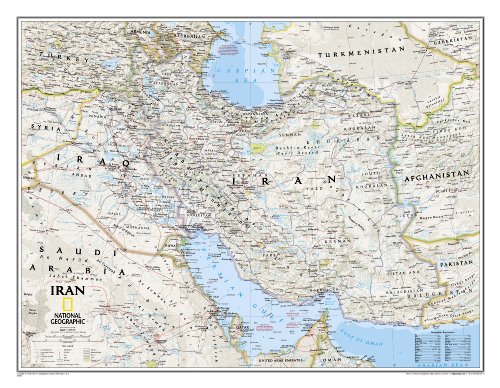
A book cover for Iran Classic [Laminated] (National Geographic Reference Map); National Geographic Maps - Reference; Travel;